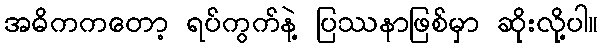
အဓိကကတော့ ရပ်ကွက်နဲ့ ပြဿနာဖြစ်မှာ ဆိုးလို့ပါ။